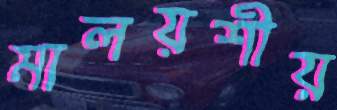
মালয়শীয়